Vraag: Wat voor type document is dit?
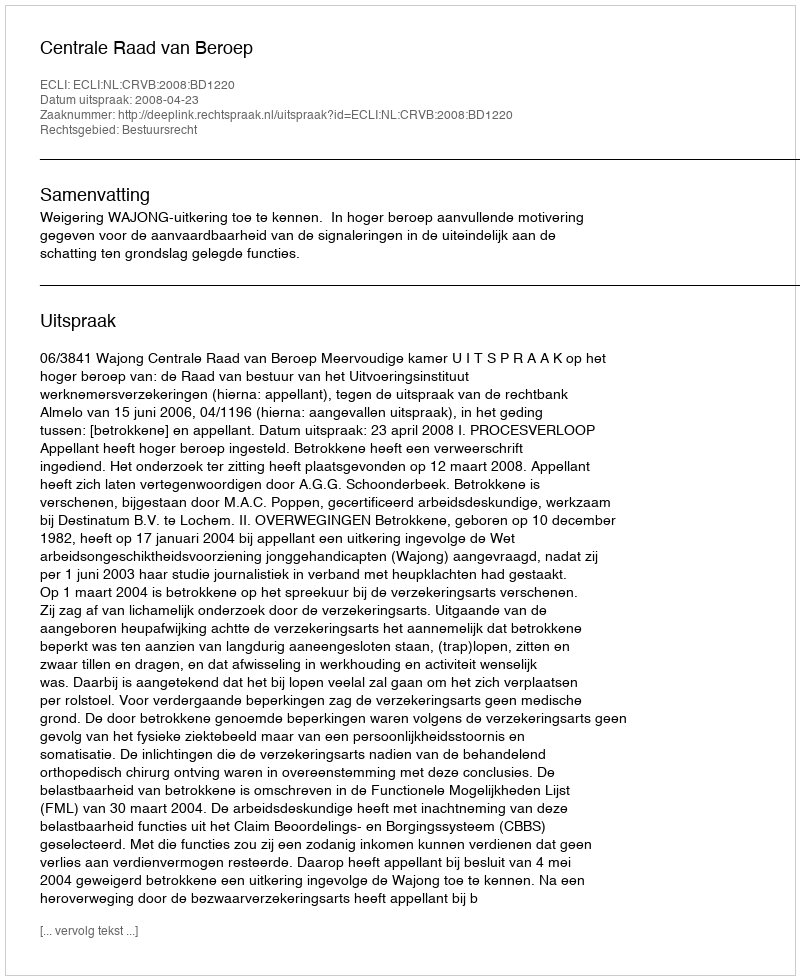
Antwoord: Uitspraak